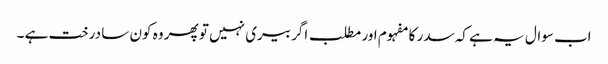
اب سوال یہ ہے کہ سدر کا مفہوم اور مطلب اگر بیری نہیں تو پھر وہ کون سا درخت ہے ۔